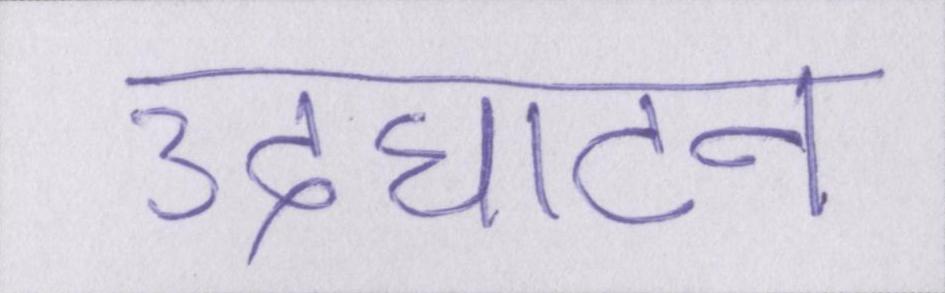
उदघाटन